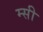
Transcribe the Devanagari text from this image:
म्सी